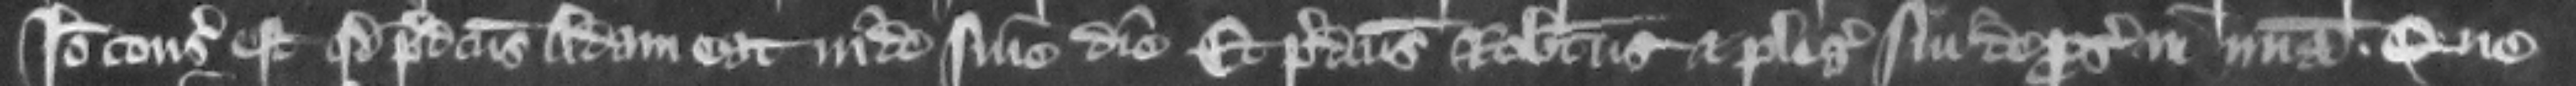
Ideo consideratum est quod predictus Adam eat inde sine die et predictus Robertus et plegii sui de prosequendo in misericordia. Que